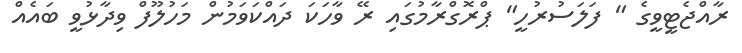
ރާއްޖެޓީވީގެ " ފަލަސުރުހީ" ޕްރޮގްރާމުގައި ރޭ ވާހަކަ ދައްކަވަމުން މަހުލޫފް ވިދާޅުވީ ބައެއް